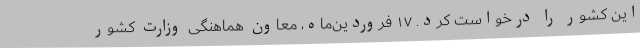
این کشور را درخواست کرد. ۱۷ فروردین‌ماه، معاون هماهنگی وزارت کشور